Lunatic asylums United Provinces 1909-1921 - 1909-1921
Year: 1909
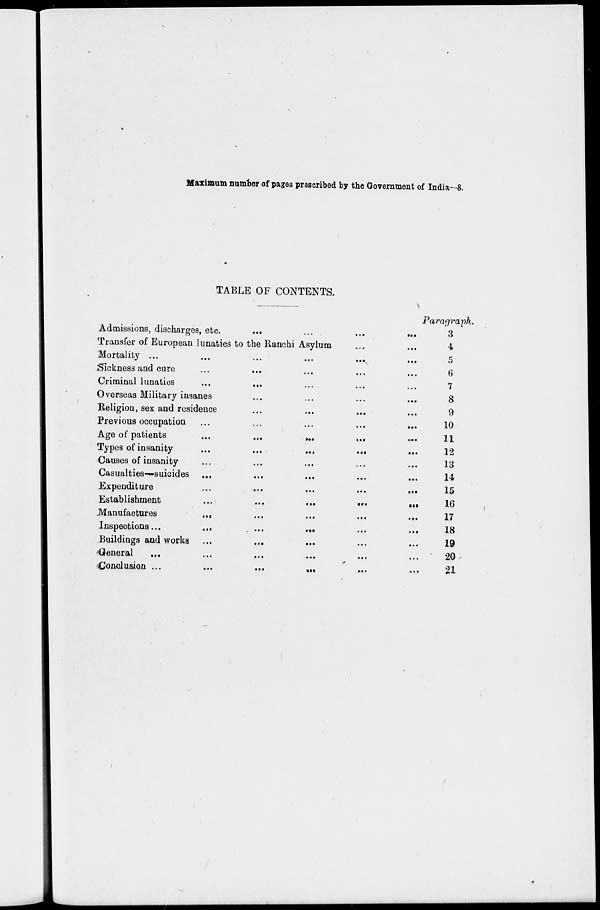
Maximum number of page3 prescribed by the Government of India—8.
TABLE OF CONTENTS.
Admissions, discharges, etc.
...
...
...
...
Transfer of European lunatics to the Ranchi Asylum ... ...
Mortality ... ... ... ... ...
Sickness and cure ... ... ... ...
Criminal lunatics ... ... ... ...
Overseas Military insanes ... ... ... ...
Religion, sex and residence ... ... ... ...
Previous occupation ... ... ... ...
Age of patients ... ... ... ...
Types of insanity
...
...
...
...
Causes of insanity
...
...
...
...
...
Casualties—suicides ...
...
...
Expenditure
...
...
...
...
...
Establishment
...
...
...
...
...
Manufactures
...
...
...
...
...
Inspections ...
...
...
...
...
Buildings and works
...
...
...
...
General
...
...
...
...
...
Conclusion ...
...
...
...
...
Paragraph.
3
4
5
6
7
8
9
10
11
12
13
14
15
16
17
18
19
20
21